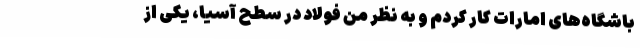
باشگاه‌های امارات کار کردم و به نظر من فولاد در سطح آسیا، یکی از